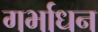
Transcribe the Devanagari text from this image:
गर्भाधन